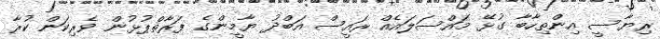
ރިޔާސީ އިންތިހާބާ ގުޅޭ މައްސަލައެއް ރައީސް އަބްދު ޔާމީންގެ ފަރާތްޕުޅުން ވެރިކަން ކުރާ